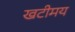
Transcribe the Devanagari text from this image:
खटीमय